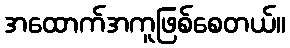
အထောက်အကူဖြစ်စေတယ်။